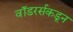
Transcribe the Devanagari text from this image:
वॉडरर्सकडून